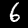
Label: 6